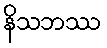
နိသဘဿ